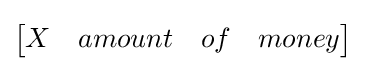
{\begin{bmatrix}X&amount&of&money\end{bmatrix}}